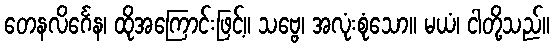
တေနလိင်္ဂေန၊ ထိုအကြောင်းဖြင့်။ သဗ္ဗေ၊ အလုံးစုံသော။ မယံ၊ ငါတို့သည်။